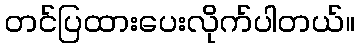
တင်ပြထားပေးလိုက်ပါတယ်။